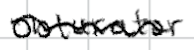
Text: obturator
Cross-out: wave
Writing tool: digital_black